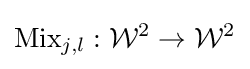
{\textrm {Mix}}_{j,l}:{\mathcal {W}}^{2}\rightarrow {\mathcal {W}}^{2}